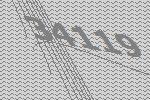
34119